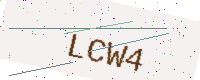
Text: LCW4